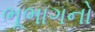
ભૂભાગનો